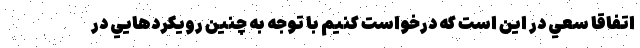
اتفاقا سعي در اين است که درخواست کنيم با توجه به چنين رويکردهايي در